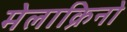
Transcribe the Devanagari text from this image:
मेलाक्रिनो